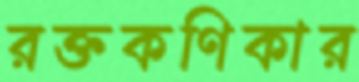
রক্তকণিকার